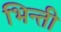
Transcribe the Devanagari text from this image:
भिन्ती